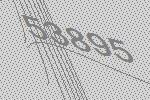
53895